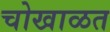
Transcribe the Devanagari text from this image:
चोखाळत